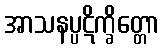
အာသနပ္ပဋိက္ခိတ္တော